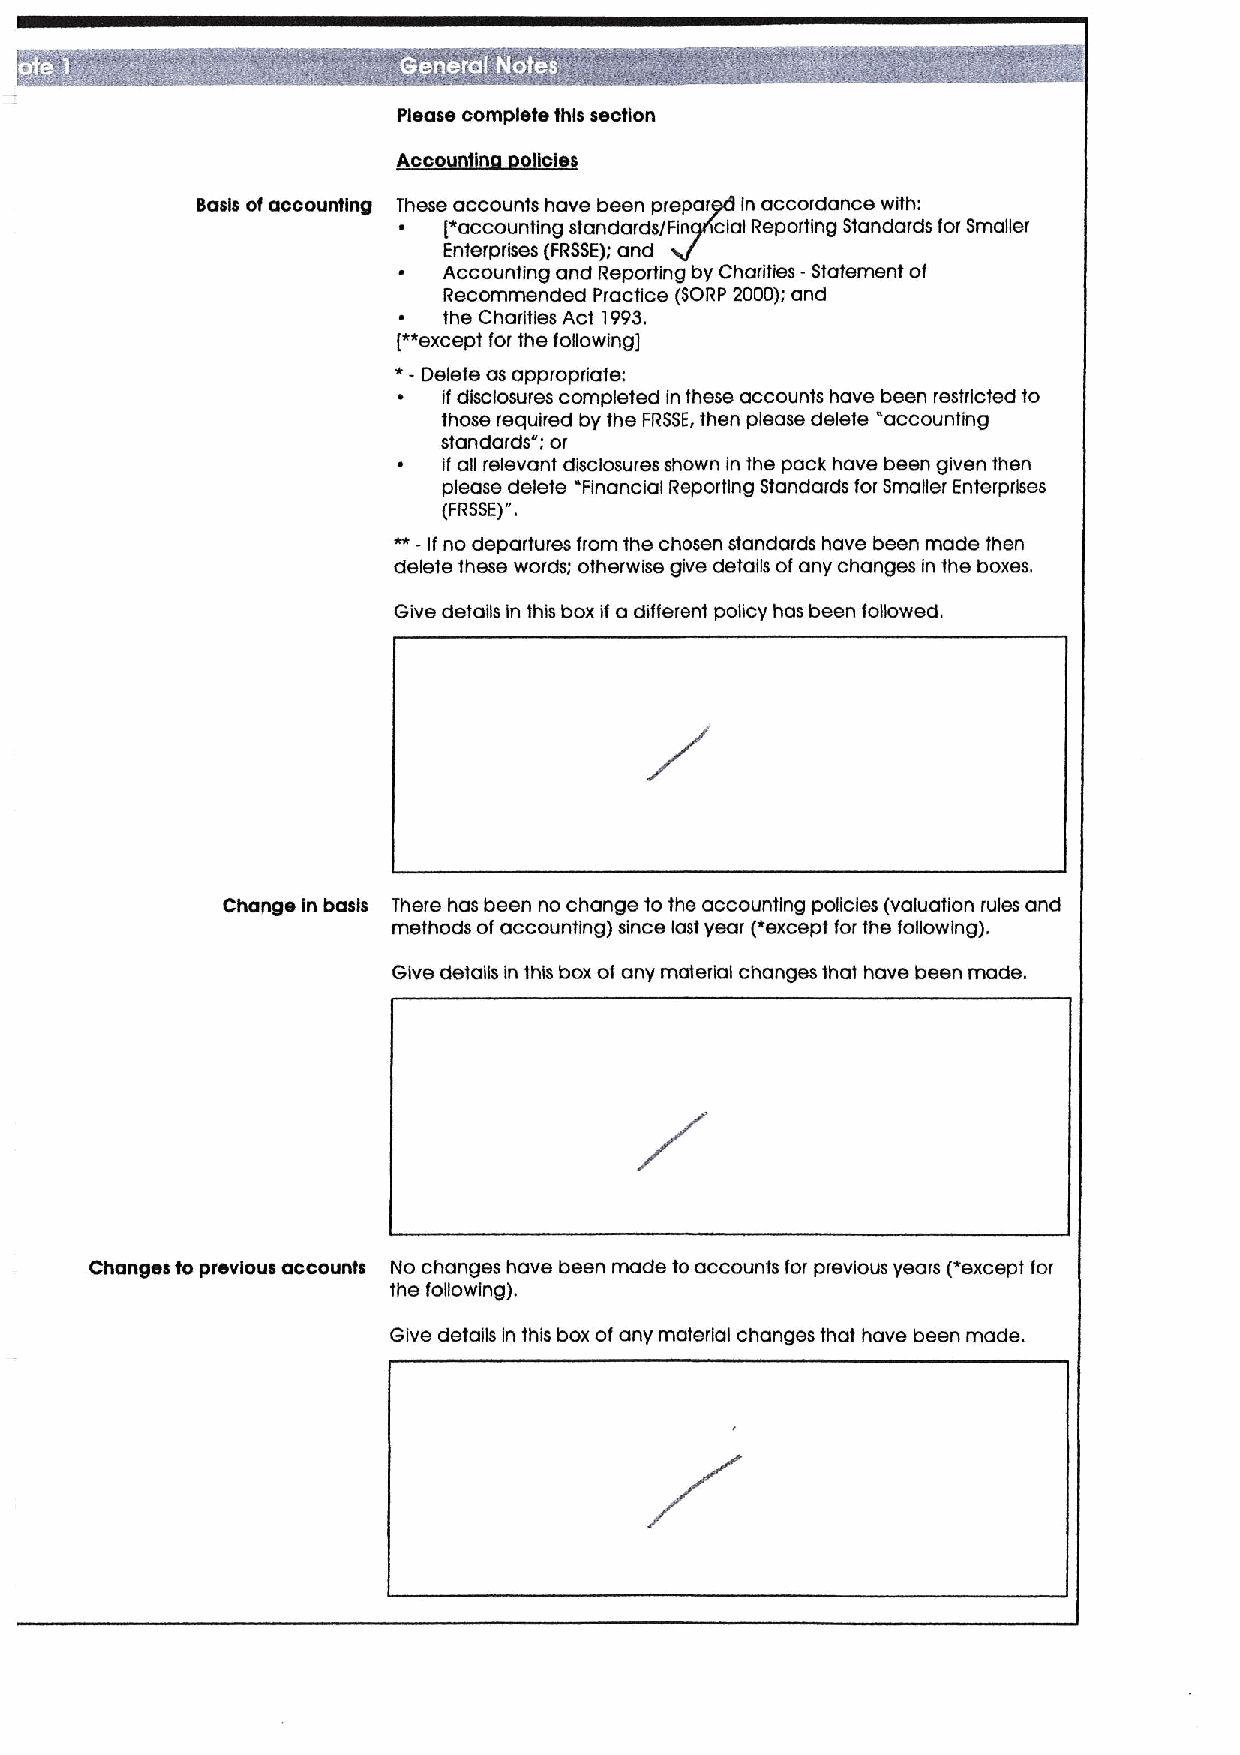
Please complete this section
 II
 Basis ofaccounting These accounts have been prepartfrS in accordance with:
 ~  [*accounting standards/Fin clal Reporting Standards for Smaller
 Enterprises (FRSSE);and
 ~  Accounting and Reporting by Charities -Statement of
 Recommended Practice (SORP 2000);and
 the Charities Act 1993.
 [**exceptfor the following)
 *-
 Delete as appropriate:
 ifdisclosures completed in these accounts have been restricted fo
 those required by the FRSSE,then please delete "accounting
 sfandards"; or
 if all relevant disclosures shown in the pack have been given then
 please delete Financial Reporting Standards for Smaller Enterprises
 (FRSSE)".
 ~
 - If no departures from the chosen standards have been made then
 delete these words; otherwise give details ofany changes in the boxes.
 Give details In this box if a different policy has been followed,
 Change In basis There has been no change to the accounting policies (valuation rules and
 methods of accounting) since last year (~except tor the following).
 Give details in this box of any material changes that have been made.
 Changes to previous accounts No changes have been made to accounts tor previous years (*except for
 the following}.
 Give details In this box ofany material changes that have been made.